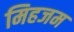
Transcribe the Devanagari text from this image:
मिहजम